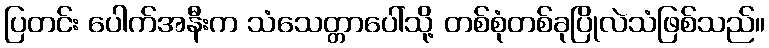
ပြတင်း ပေါက်အနီးက သံသေတ္တာပေါ်သို့ တစ်စုံတစ်ခုပြိုလဲသံဖြစ်သည်။